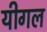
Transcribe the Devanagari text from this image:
यीगल